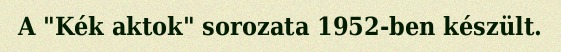
A "Kék aktok" sorozata 1952-ben készült.